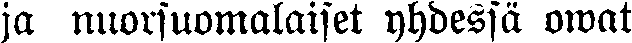
ja nuorsuomalaiset yhdessä owat